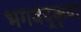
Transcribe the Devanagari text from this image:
भगवद्कृपा